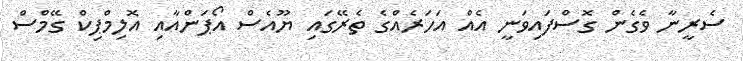
ސެރީނާ ވެގެން ގޮސްފައިވަނީ އެއް އަހަރެއްގެ ތެރޭގައި ޔޫއެސް އޯޕަންއާއި އޮލިމްޕިކް ގޭމްސް